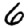
Digit: 6